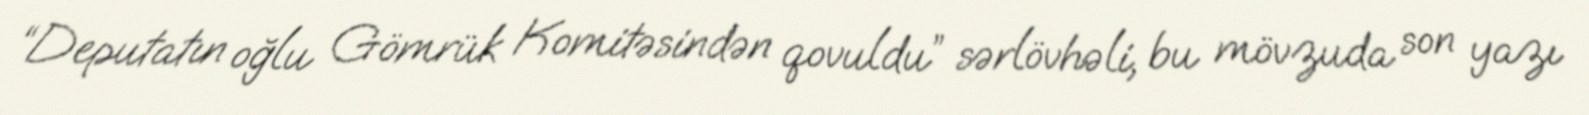
“Deputatın oğlu Gömrük Komitəsindən qovuldu” sərlövhəli, bu mövzuda son yazı